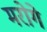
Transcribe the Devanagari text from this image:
मरोगे